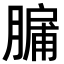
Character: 𮌸